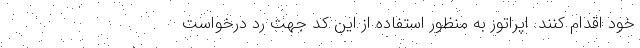
خود اقدام کنند. اپراتور به منظور استفاده از این کد جهت رد درخواست